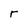
Character: r